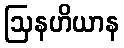
ဩနဟိယာန